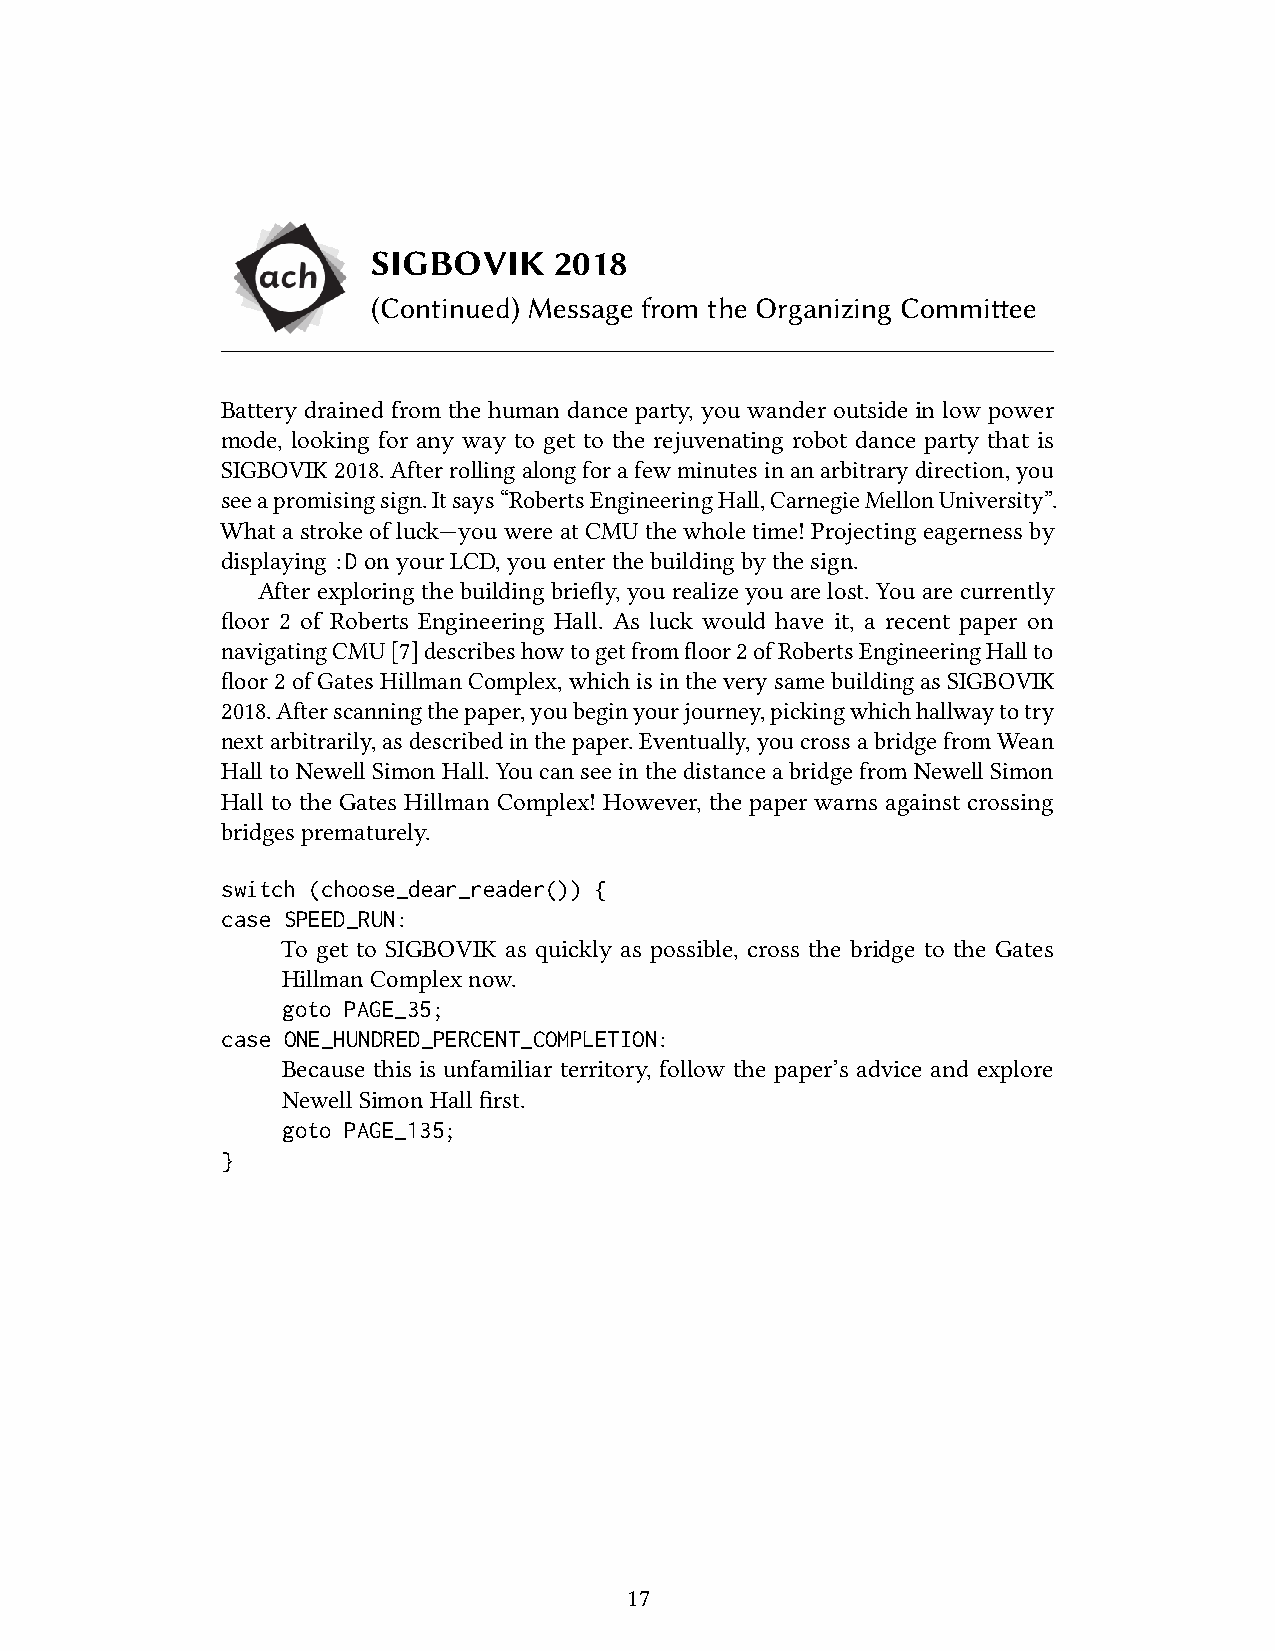
SIGBOVIK    2018
 (Continued) Message from the Organizing Committee
 Battery drained from the human dance party, you wander outside in low power
 mode, looking for any way to get to the rejuvenating robot dance party that is
 SIGBOVIK2018.Afterrollingalongforafewminutesinanarbitrarydirection,you
 seeapromisingsign.Itsays“RobertsEngineeringHall,CarnegieMellonUniversity”.
 Whatastrokeofluck—youwereatCMUthewholetime!Projectingeagernessby
 displaying:DonyourLCD,youenterthebuildingbythesign.
 After exploringthe building briefly, yourealize you arelost. You are currently
 floor 2 of Roberts Engineering Hall. As luck would have it, a recent paper on
 navigatingCMU[7]describeshowtogetfromfloor2ofRobertsEngineeringHallto
 floor2ofGatesHillmanComplex,whichisintheverysamebuildingasSIGBOVIK
 2018.Afterscanningthepaper,youbeginyourjourney,pickingwhichhallwaytotry
 nextarbitrarily,asdescribedinthepaper.Eventually,youcrossabridgefromWean
 HalltoNewellSimonHall.YoucanseeinthedistanceabridgefromNewellSimon
 Hall to the Gates Hillman Complex! However, the paper warns against crossing
 bridgesprematurely.
 switch (choose_dear_reader()) {
 case SPEED_RUN:
 To get to SIGBOVIK as quickly as possible, cross the bridge to the Gates
 HillmanComplexnow.
 goto PAGE_35;
 case ONE_HUNDRED_PERCENT_COMPLETION:
 Because this is unfamiliar territory, follow the paper’s advice and explore
 NewellSimonHallfirst.
 goto PAGE_135;
 }
 17